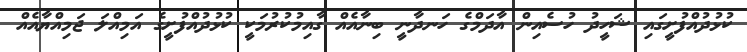
ކުޅުދުއްފުށީގައި ޝަހީދު ހުސެއިން އާދަމްގެ ހަނދާނީ ބިނާއެއް ގާއިމުކުރުމަކީ ކުޅުދުއްފުށީގެ އަމިއްލަ ޖަމިއްޔާއެއް